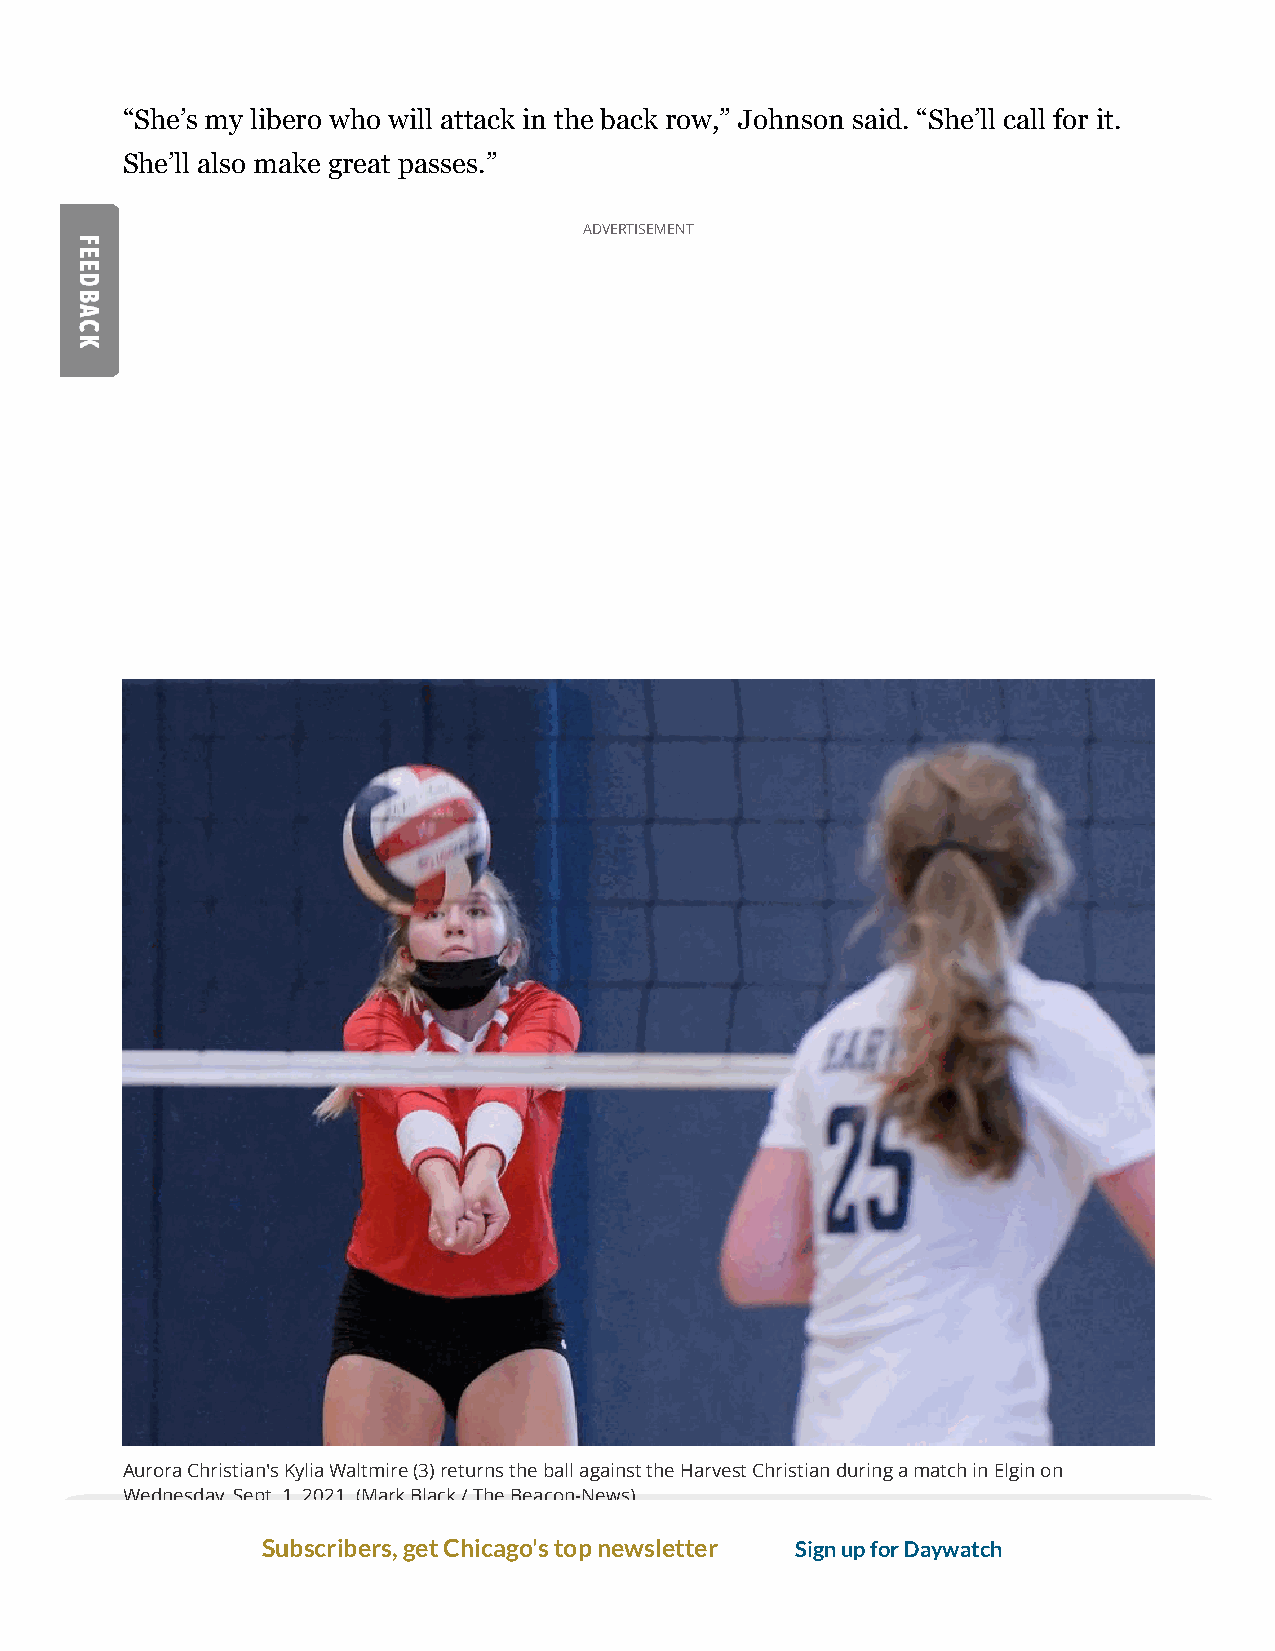
“She’s my libero who will attack in the back row,” Johnson said. “She’ll call for it.
 She’ll also make great passes.”
 ADVERTISEMENT
 Aurora Christian's Kylia Waltmire (3) returns the ball against the Harvest Christian during a match in Elgin on
 Wednesday, Sept. 1, 2021. (Mark Black / The Beacon-News)
 Subscribers, get Chicago's top newsletter Sign up for Daywatch